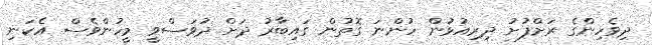
ދިވެހިންގެ ރަށްފުށު ދިރިއުޅުން ހުންނަ ގޮތުން ގައިބާރު ދަށް ދުވަސްވީ މީހުންވެސް އެކަނި